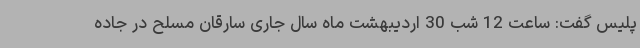
پلیس گفت: ساعت 12 شب 30 اردیبهشت ماه سال جاری سارقان مسلح در جاده